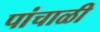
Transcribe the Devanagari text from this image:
पांचाळी